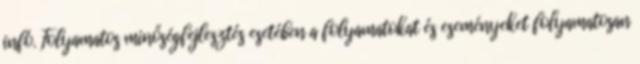
infó. Folyamatos minőségfejlesztés esetében a folyamatokat és eseményeket folyamatosan